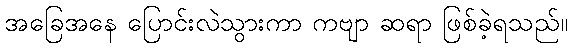
အခြေအနေ ပြောင်းလဲသွားကာ ကဗျာ ဆရာ ဖြစ်ခဲ့ရသည်။